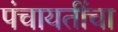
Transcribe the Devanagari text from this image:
पंचायतींचा